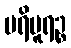
ပရိပူရဉ္စ